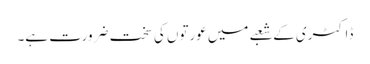
ڈاکٹری کے شعبے میں عورتوں کی سخت ضرورت ہے۔